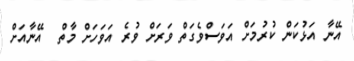
އޭނާ އަޅުކަން ކުރުމަށް އަވަސްވެގަތް ވަރަށް ވުރެ އަވަހަށް މާތް  އޭނާއަށް